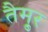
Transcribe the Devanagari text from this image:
तैमु्र